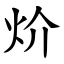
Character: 炌